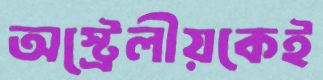
অস্ট্রেলীয়কেই